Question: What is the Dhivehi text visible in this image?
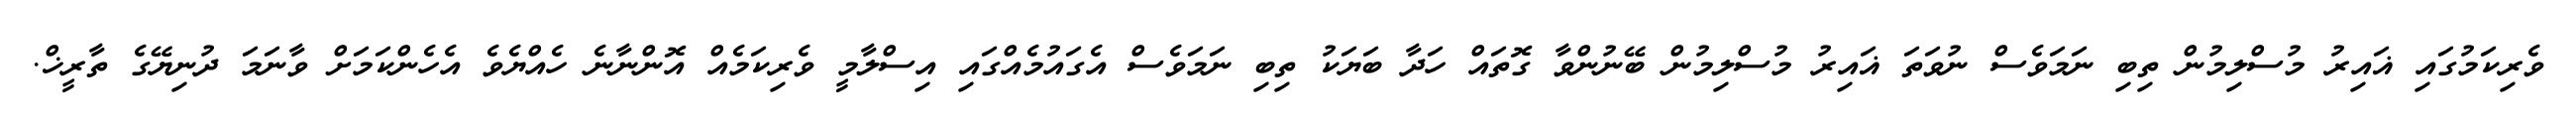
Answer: ވެރިކަމުގައި ޣައިރު މުސްލިމުން ތިބި ނަމަވެސް ނުވަތަ ޣައިރު މުސްލިމުން ބޭނުންވާ ގޮތައް ހަދާ ބަޔަކު ތިބި ނަމަވެސް އެގައުމެއްގައި އިސްލާމީ ވެރިކަމެއް އޮންނާނެ ހެއްޔެވެ އެހެންކަމަށް ވާނަމަ ދުނިޔޭގެ ތާރީޚް.